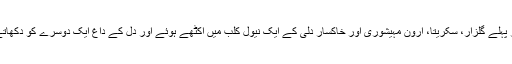
سال بھر پہلے گلزار، سکریتا، ارون مہیشوری اور خاکسار دلی کے ایک نیول کلب میں اکٹھے ہوئے اور دل کے داغ ایک دوسرے کو دکھاتے رہے۔